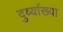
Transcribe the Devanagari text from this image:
दुर्व्याख्या